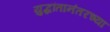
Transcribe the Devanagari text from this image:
युद्धांतानंतरच्या